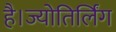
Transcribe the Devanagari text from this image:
है।ज्योतिर्लिंग